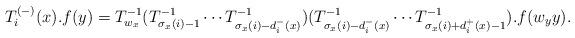
LaTeX: \begin{align*}T_{i}^{(-)}(x).f(y)=T_{w_{x}}^{-1}(T_{\sigma_{x}(i)-1}^{-1} \cdots T_{\sigma_{x}(i)-d_{i}^{-}(x)}^{-1})(T_{\sigma_{x}(i)-d_{i}^{-}(x)}^{-1} \cdots T_{\sigma_{x}(i)+d_{i}^{+}(x)-1}^{-1}).f(w_{y}y). \end{align*}